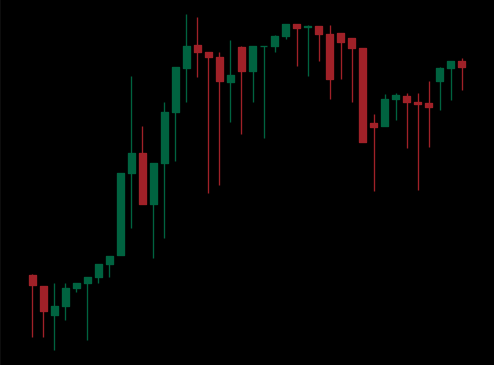
Pattern: unclassified